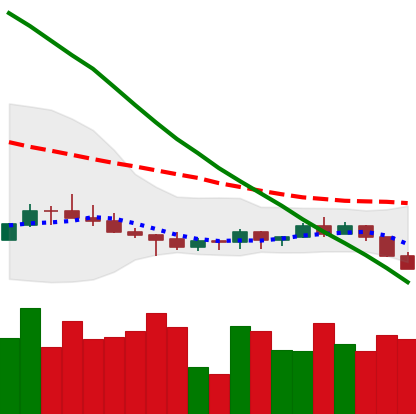
Ticker: ADA-USD
Chart end date: 2022-07-12
Forward return: 7.041%
Label: up_7plus